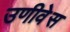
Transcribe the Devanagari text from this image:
उणीवेस